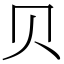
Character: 贝